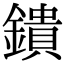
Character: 鐀